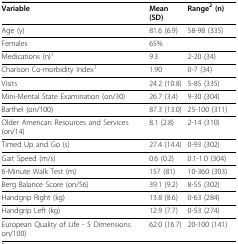
<table><thead><tr><td><b>Variable</b></td><td><b>Mean (SD)</b></td><td><b>Range<sup>2 </sup>(n)</b></td></tr></thead><tbody><tr><td>Age (y)</td><td>81.6 (6.9)</td><td>58-98 (335)</td></tr><tr><td>Females</td><td>65%</td><td></td></tr><tr><td>Medications (n)<sup>1</sup></td><td>9.3</td><td>2-20 (34)</td></tr><tr><td>Charlson Co-morbidity Index<sup>1</sup></td><td>1.90</td><td>0-7 (34)</td></tr><tr><td>Visits</td><td>24.2 (10.8)</td><td>5-85 (335)</td></tr><tr><td>Mini-Mental State Examination (on/30)</td><td>26.7 (3.4)</td><td>9-30 (304)</td></tr><tr><td>Barthel (on/100)</td><td>87.3 (13.0)</td><td>25-100 (311)</td></tr><tr><td>Older American Resources and Services (on/14)</td><td>8.1 (2.8)</td><td>2-14 (310)</td></tr><tr><td>Timed Up and Go (s)</td><td>27.4 (14.4)</td><td>0-93 (302)</td></tr><tr><td>Gait Speed (m/s)</td><td>0.6 (0.2)</td><td>0.1-1.0 (304)</td></tr><tr><td>6-Minute Walk Test (m)</td><td>157 (81)</td><td>10-360 (303)</td></tr><tr><td>Berg Balance Score (on/56)</td><td>39.1 (9.2)</td><td>8-55 (302)</td></tr><tr><td>Handgrip Right (kg)</td><td>13.8 (8.6)</td><td>0-63 (284)</td></tr><tr><td>Handgrip Left (kg)</td><td>12.9 (7.7)</td><td>0-53 (274)</td></tr><tr><td>European Quality of Life - 5 Dimensions on/100)</td><td>62.0 (16.7)</td><td>20-100 (141)</td></tr></tbody></table>